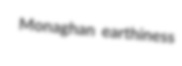
Monaghan earthiness